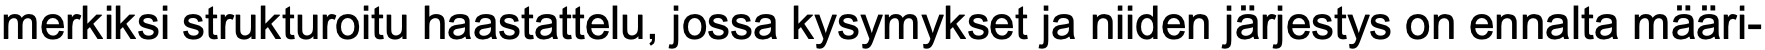
merkiksi strukturoitu haastattelu, jossa kysymykset ja niiden järjestys on ennalta määri-